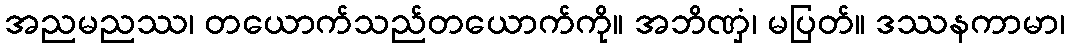
အညမညဿ၊ တယောက်သည်တယောက်ကို။ အဘိဏှံ၊ မပြတ်။ ဒဿနကာမာ၊